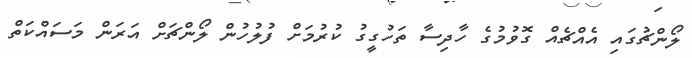
ލޯންޗުގައި އެއްޗެއް ގޮވުމުގެ ހާދިސާ ތަހުގީގު ކުރުމަށް ފުލުހުން ލޯންޗަށް އަރަން މަސައްކަތް